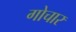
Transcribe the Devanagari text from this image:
गोचार